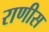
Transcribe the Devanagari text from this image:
राणीस